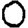
Digit: 0